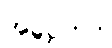
အပ္ပေကဒါ